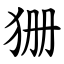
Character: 㹪